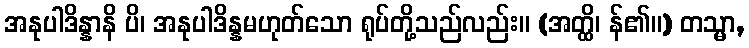
အနုပါဒိန္နာနိ ပိ၊ အနုပါဒိန္နမဟုတ်သော ရုပ်တို့သည်လည်း။ (အတ္ထိ၊ န်၏။) တသ္မာ,